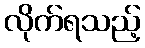
လိုက်ရသည့်